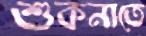
শুকনাতে